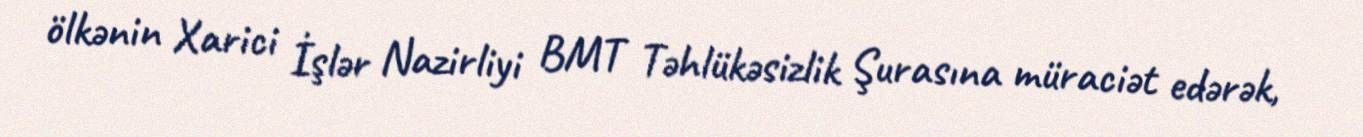
ölkənin Xarici İşlər Nazirliyi BMT Təhlükəsizlik Şurasına müraciət edərək,